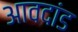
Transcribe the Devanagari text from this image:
आवदांड